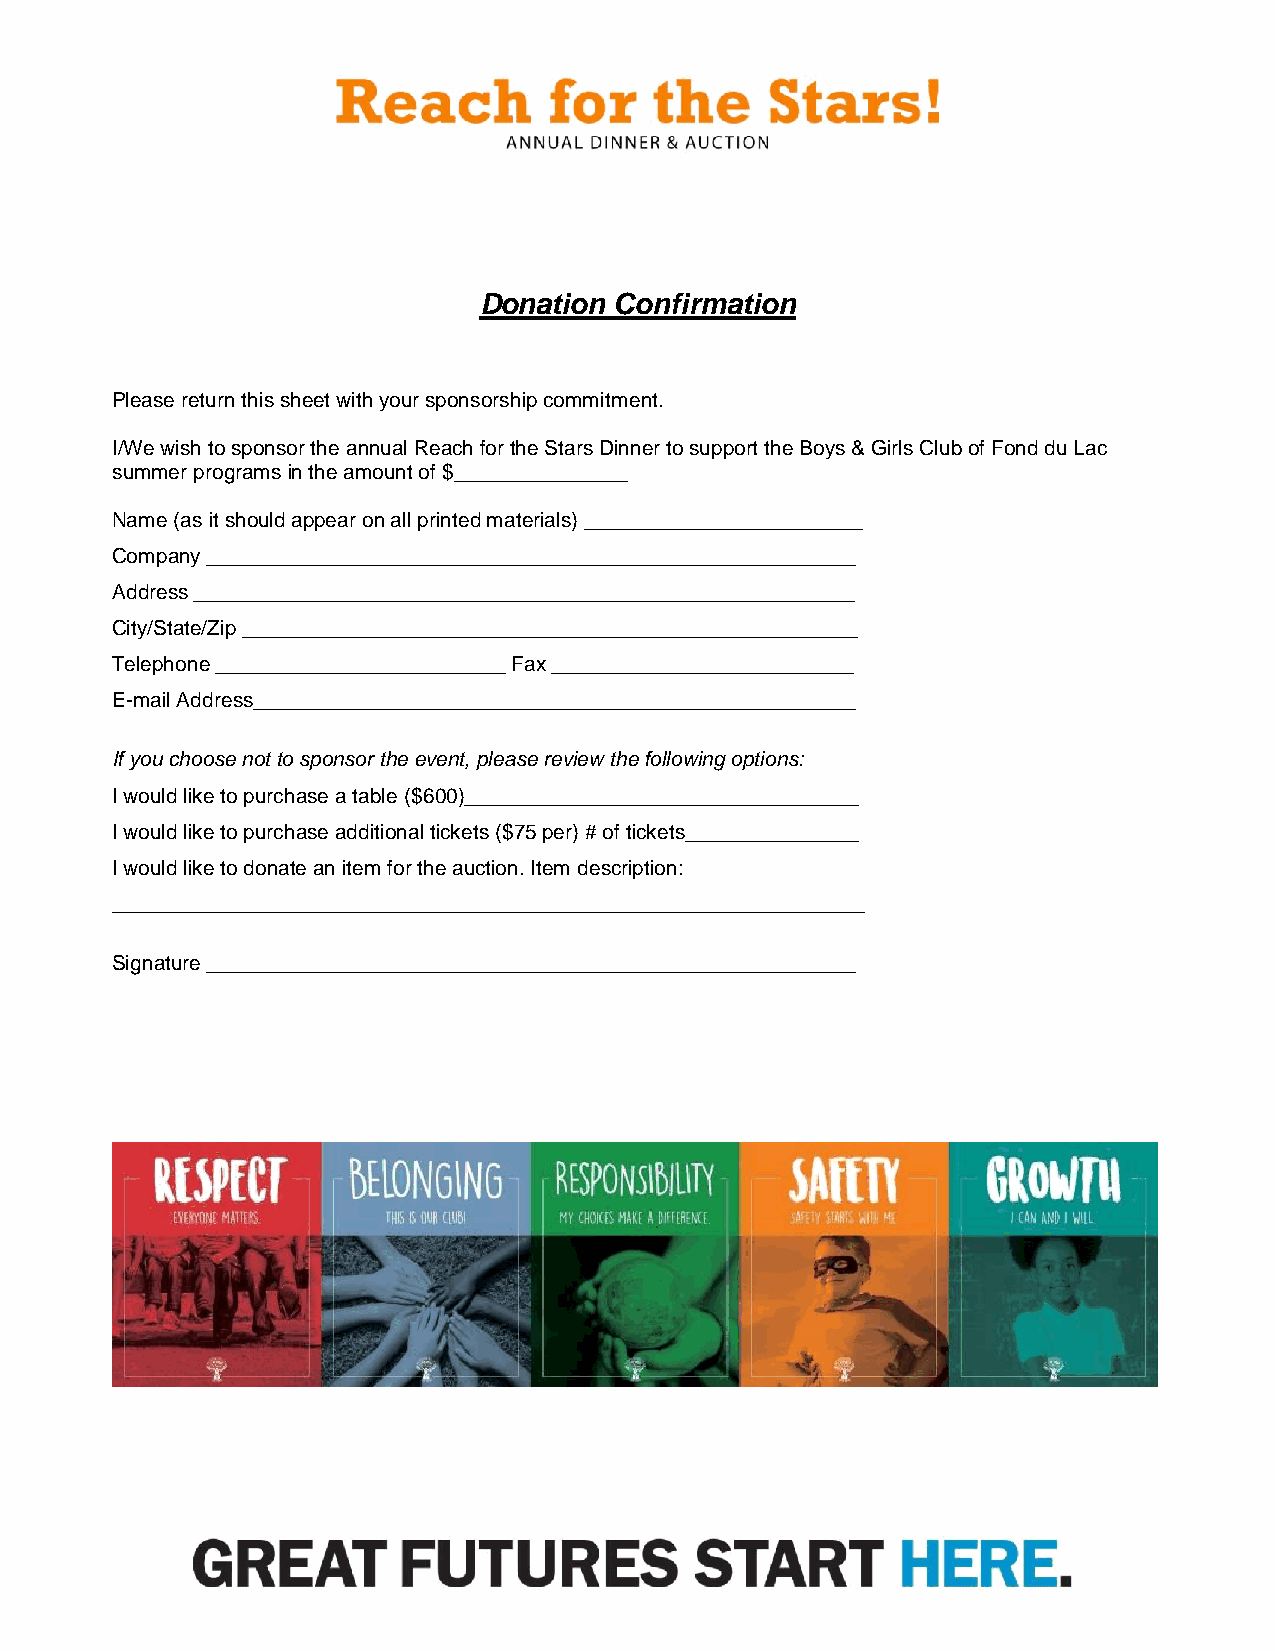
Donation Confirmation
 Please return this sheet with your sponsorship commitment.
 I/We wish to sponsor the annual Reach for the Stars Dinner to support the Boys & Girls Club of Fond du Lac
 summer programs in the amount of $_______________
 Name (as it should appear on all printed materials) ________________________
 Company ________________________________________________________
 Address _________________________________________________________
 City/State/Zip _____________________________________________________
 Telephone _________________________ Fax __________________________
 E-mail Address____________________________________________________
 If you choose not to sponsor the event, please review the following options:
 I would like to purchase a table ($600)__________________________________
 I would like to purchase additional tickets ($75 per) # of tickets_______________
 I would like to donate an item for the auction. Item description:
 _________________________________________________________________
 Signature ________________________________________________________